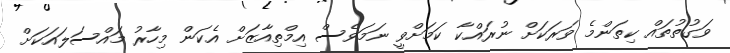
ވަގުތުތައް ކިތަންމެ ވަރަކަށް ނުރައްކާ ކަމަށްވީ ނަމަވެސް އިމްތިއާޒަށް އެކަން މިހާރު މައްސަލައަކަށް